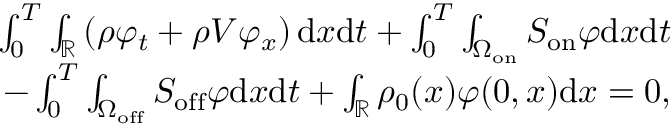
\begin{array} { r } { \int _ { 0 } ^ { T } \int _ { \mathbb { R } } \left( \rho \varphi _ { t } + \rho V \varphi _ { x } \right) \mathrm { d } x \mathrm { d } t + \int _ { 0 } ^ { T } \int _ { \Omega _ { \mathrm { o n } } } S _ { \mathrm { o n } } \varphi \mathrm { d } x \mathrm { d } t } \\ { - \int _ { 0 } ^ { T } \int _ { \Omega _ { \mathrm { o f f } } } S _ { \mathrm { o f f } } \varphi \mathrm { d } x \mathrm { d } t + \int _ { \mathbb { R } } \rho _ { 0 } ( x ) \varphi ( 0 , x ) \mathrm { d } x = 0 , } \end{array}